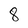
Character: 8